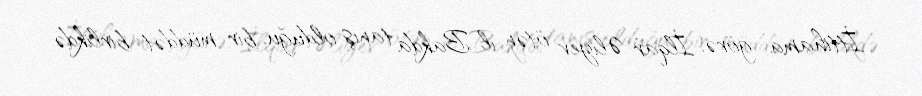
İttihama görə, İlqar Əliyev ötən il Bakda tanış olduğu, bir müddət birlikdə